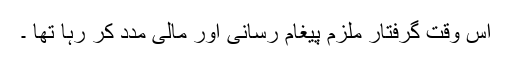
اس وقت گرفتار ملزم پیغام رسانی اور مالی مدد کر رہا تھا ۔